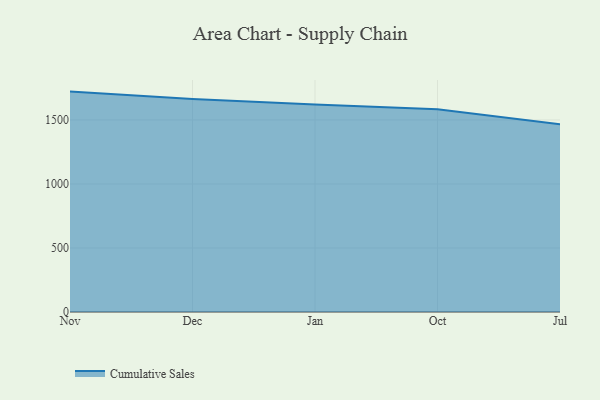
{"axis": {"x": "Month", "y": "Backlog"}, "legend": ["Cumulative Sales"], "data": [{"x": "Nov", "y": 1721.5, "type": "Cumulative Sales"}, {"x": "Dec", "y": 1663.2, "type": "Cumulative Sales"}, {"x": "Jan", "y": 1620.3, "type": "Cumulative Sales"}, {"x": "Oct", "y": 1582.9, "type": "Cumulative Sales"}, {"x": "Jul", "y": 1465.5, "type": "Cumulative Sales"}]}